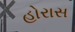
હોરાસ